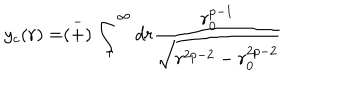
LaTeX: y _ { c } ( r ) = \stackrel { - } { ( + ) } \int _ { r } ^ { \infty } d r \frac { r _ { 0 } ^ { p - 1 } } { \sqrt { r ^ { 2 p - 2 } - r _ { 0 } ^ { 2 p - 2 } } }